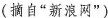
(摘自”新浪网”)